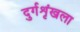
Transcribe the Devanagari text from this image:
दुर्गशृंखला